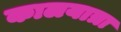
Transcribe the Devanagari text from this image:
कालयात्रा